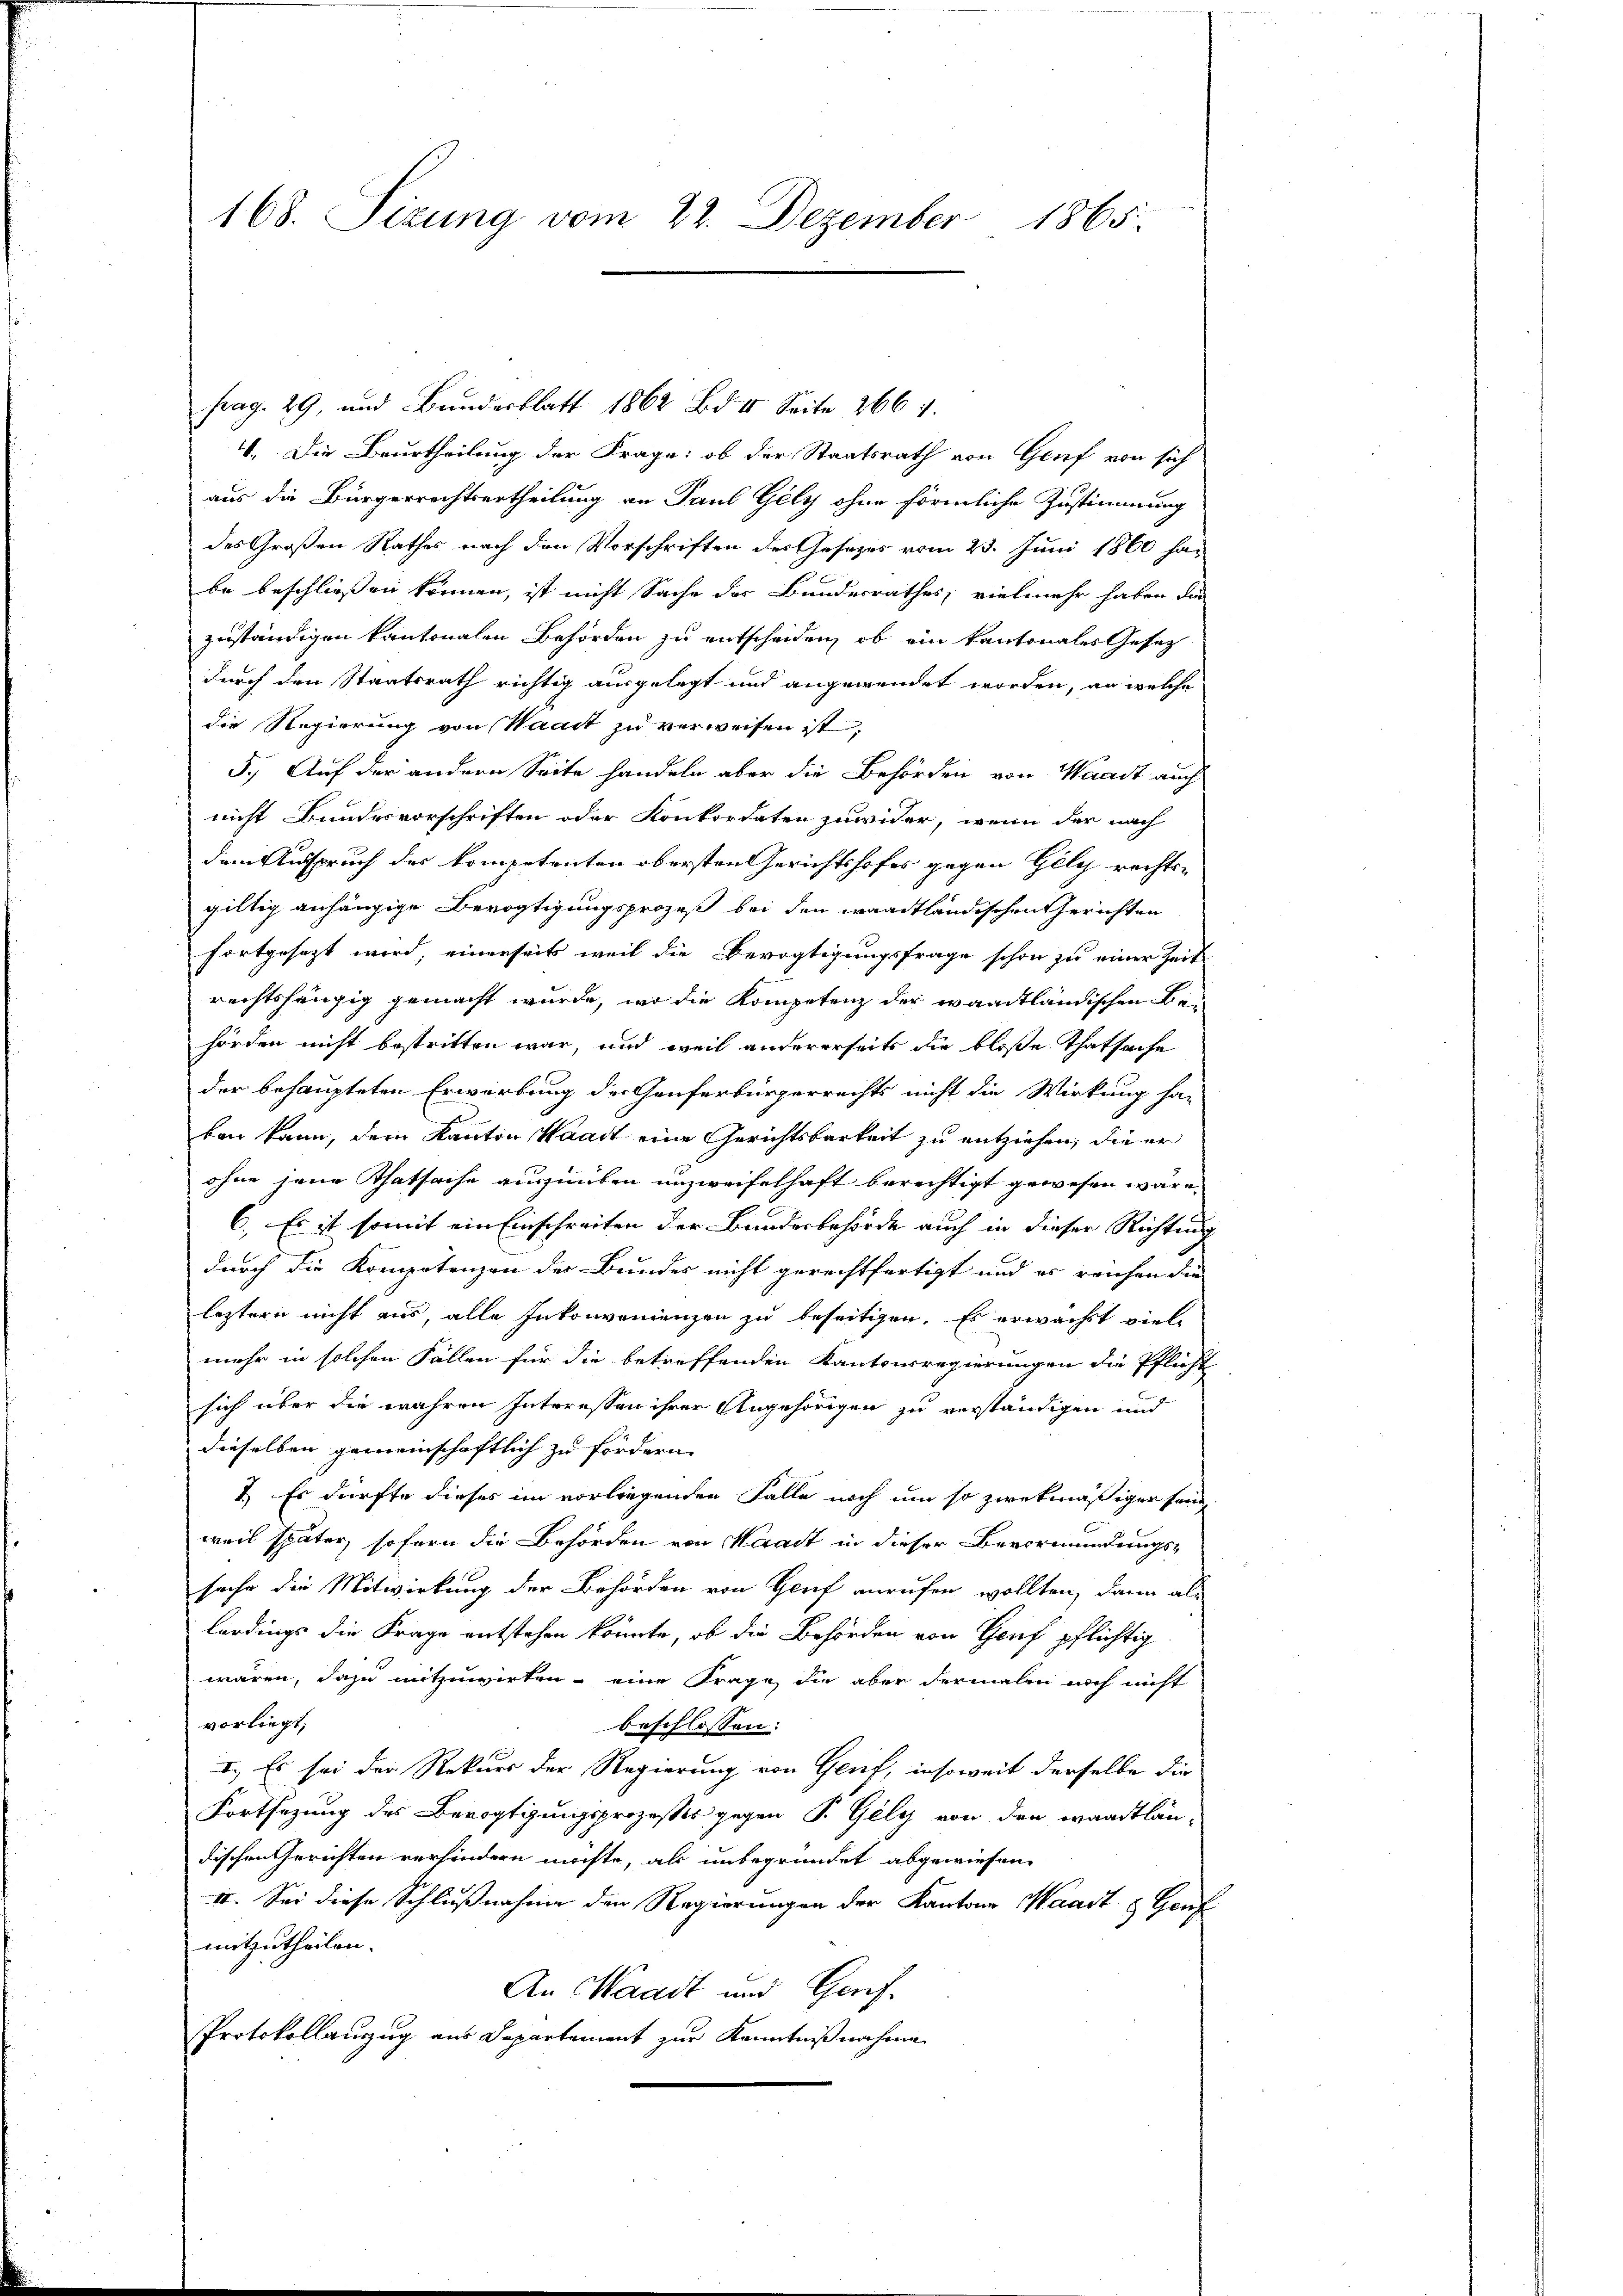
168. Sizung vom 22. Dezember 1865.

Prag. 29, und Bundesblatt 1862 Bd. II. Seite 2664.
V. Die Beurtheilung der Frage: ob der Staatsrath von Gruf von sich
aus die Bürgerrechtsurtheilung an Paul Gely ohne förmliche Zustimmung
des Großen Rathes nach den Vorschriften der Gesetzes vom 23. Juni 1860 habe beschließen können, ist nicht Sache der Bundesrathes, vielmehr haben die
zuständigen kantonalen Behörden zu entscheiden, ob ein kantonales Gesetz
durch den Staatsrath richtig ausgelegt und angewendet worden, an welche
die Regierung von Waadt zu verweisen ist;
5.) Auf der andern Seite handeln aber die Behörden von Waadt auch
nicht Bundesvorschriften oder Konkordaten zuwider, wenn der nach
dem Anspruch des kompetenten obersten Gerichtshofes gegen Gely rechts-
gültig anhängige Bevogtigungsprozeß bei den waadtländischen Gerichten
fortgesezt wird, einerseits weil die Bevogtigungsfrage schon sie einer Zeit
rechtshängig gemacht wurde, wo die Kompetenz der waadtländischen Behörden nicht bestritten war, und weil andererseits die bloße Thatsache
der behaupteten Erwartung der Genferbürgerrechts nicht die Wirkung ha-
ban kann, dem Kanton Waadt eine Gerichtsbarkeit zu entziehen, die er
ohne jene Thatsache auszuüben unzweifelhaft berechtigt gewesen wäre.
6. Es ist somit ein Einschreiten der Bundesbehörde auch in dieser Richtung
durch die Kompetenzen der Bundes nicht gerechtfertigt und es reichen die
leztern nicht aus, alle Inkonvenienzen zu beseitigen. Es erwachst viele
mehr in solchen Fällen für die betreffenden Kantonsregierungen die Pflicht
sich über die wahren Interessen ihrer Angehörigen zu verständigen und
dieselben gemeinschaftlich zu fordern. |
7.) Es dürfte dieses im vorliegenden Falle noch um so zwekmäßiger sein
weil später, sofern die Behörden von Waadt in dieser Bevormundungs-
sache die Mitwirkung der Behörden von Genf anrufen wollten, dann als
lerdings die Frage entstehen könnte, ob die Behörden von Genf pflichtig
wären, dazu mitzuwirken, eine Frage, die aber dermalen noch nicht
vorliegt,
beschlossen:
I. Es sei der Rekurs der Regierung von Gruf, insoweit derselbe die
Fortsezung des Bevogtigungsprozeßes gegen P. Gely von der waadtlän-
dischen Gerichten verhindern möchte, als unbegründet abgewiesen.
II. Sei diese Schlußnahme den Regierungen der Kantone Waadt & Genf
mitzutheilen.
An Waadt und Genf¬
Protokollanzug aus Departement zur Kenntnißnahme